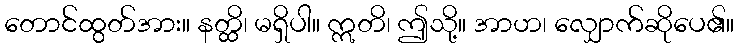
တောင်ထွတ်အား။ နတ္ထိ၊ မရှိပါ။ ဣတိ၊ ဤသို့။ အာဟ၊ လျှောက်ဆိုပေ၏။